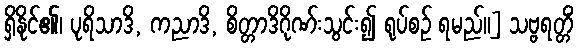
ရှိနိုင်၏၊ ပုရိသာဒိ, ကညာဒိ, စိတ္တာဒိဂိုဏ်းသွင်း၍ ရုပ်စဉ် ရမည်။] သဗ္ဗရတ္တိံ